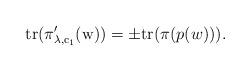
LaTeX: \begin{align*} {\rm{tr}(\pi_{\lambda,c_1}'(w))}=\pm {\rm{tr}}(\pi(p(w))).\end{align*}